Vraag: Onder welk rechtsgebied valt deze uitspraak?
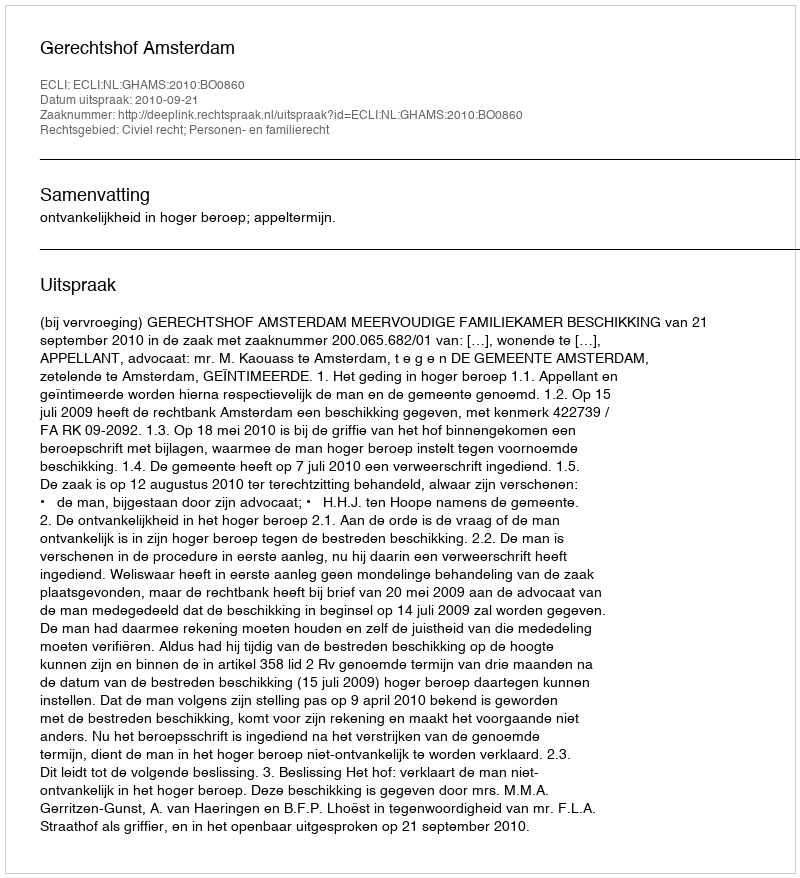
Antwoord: Civiel recht; Personen- en familierecht